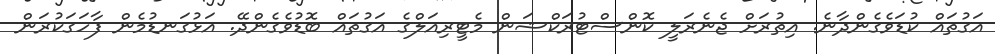
އަގުތައް ކުޑަވެގެންދާނެ. އިތުރަށް ޖެނެރަލީ ކޮންސްޓުރަކްޝަން މެޓީރިއަލްގެ އަގުތައް ބޮޑުވެގެންދޭ. އަޅުގަނޑުމެން ފާހަގަކުރަން